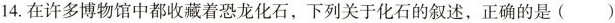
14.在许多博物馆中都收藏着恐龙化石，下列关于化石的叙述，正确的是 ( )